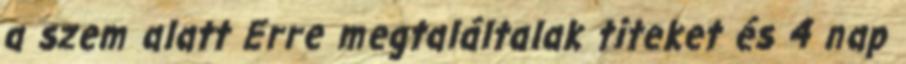
a szem alatt Erre megtaláltalak titeket és 4 nap